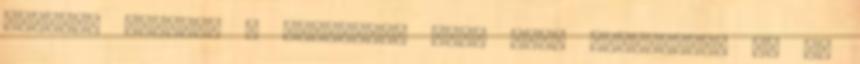
európai fóruma. A kiállítás több mint sűrítményt ad az